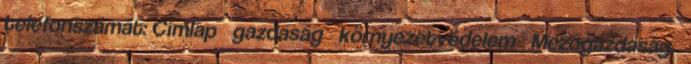
telefonszámát: Címlap gazdaság környezetvédelem Mezőgazdaság